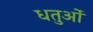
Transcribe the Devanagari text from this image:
धतुओं